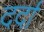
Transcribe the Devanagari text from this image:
दर्दा